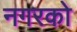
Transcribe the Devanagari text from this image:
नगरको